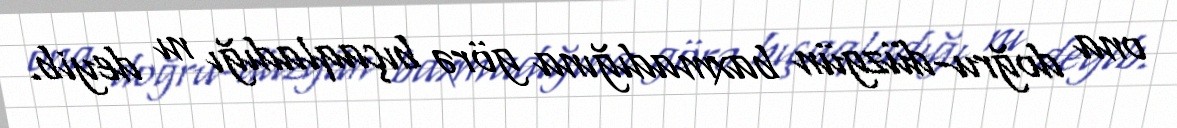
ona doğru-düzgün baxmadığına görə bıçaqladığı nı deyib.